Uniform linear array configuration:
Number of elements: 32
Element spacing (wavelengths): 0.25
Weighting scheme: kaiser
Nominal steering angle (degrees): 0
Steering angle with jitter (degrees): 0.3976
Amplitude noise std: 0.05
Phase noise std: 0.05

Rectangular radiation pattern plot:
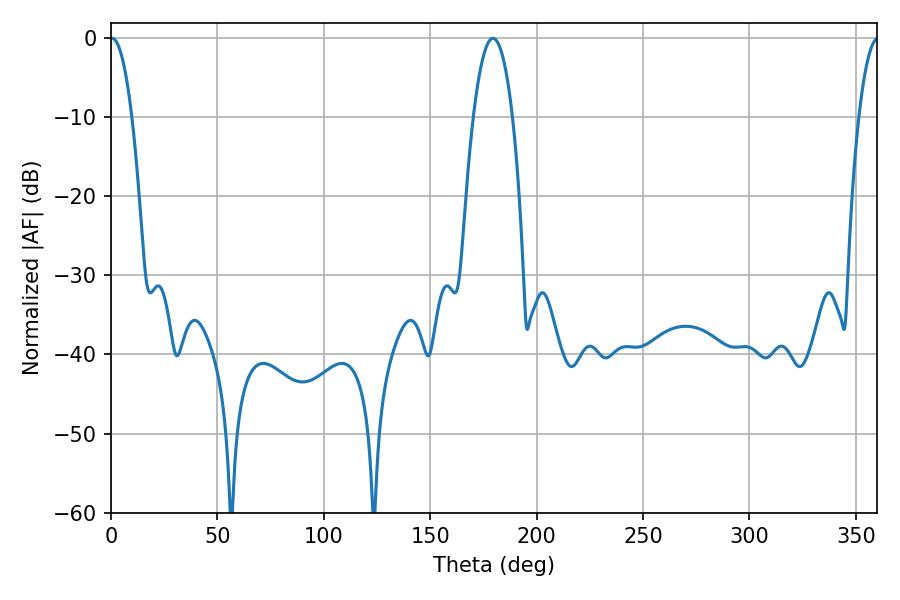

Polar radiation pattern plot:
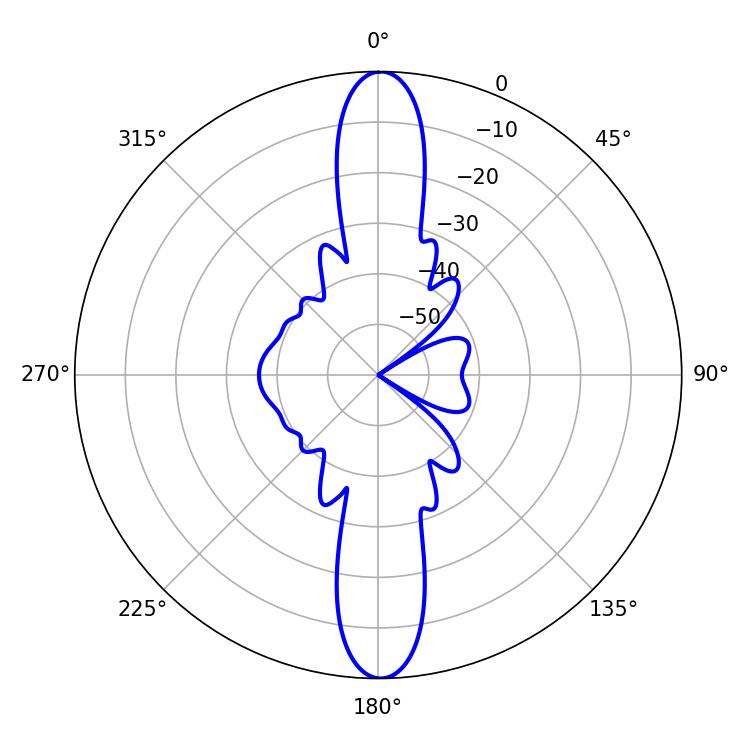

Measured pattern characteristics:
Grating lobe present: FALSE
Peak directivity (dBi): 27.43
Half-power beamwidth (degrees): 5.58
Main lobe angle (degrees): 0.54